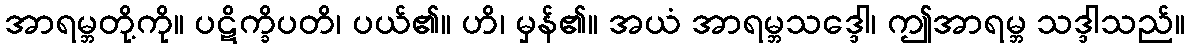
အာရမ္ဘတို့ကို။ ပဋိက္ခိပတိ၊ ပယ်၏။ ဟိ၊ မှန်၏။ အယံ အာရမ္ဘသဒ္ဒေါ၊ ဤအာရမ္ဘ သဒ္ဒါသည်။